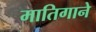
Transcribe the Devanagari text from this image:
मातिगाने